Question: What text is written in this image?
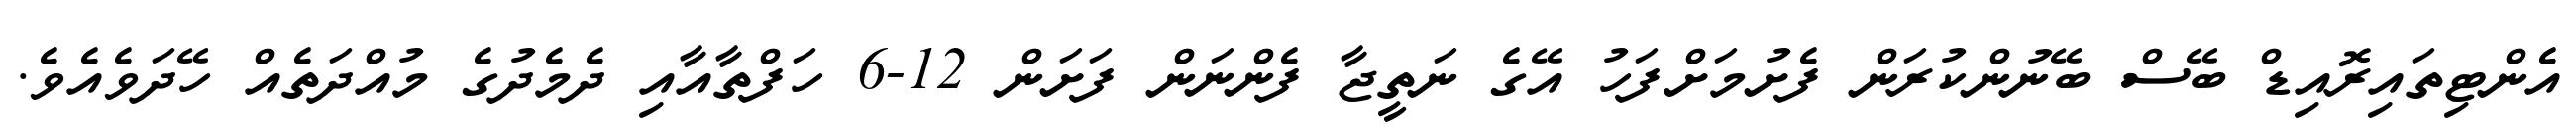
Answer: އެންޓިތައިރޮއިޑް ބޭސް ބޭނުންކުރަން ފެށުމަށްފަހު އޭގެ ނަތީޖާ ފެންނަން ފަށަން 12-6 ހަފްތާއާއި ދެމެދުގެ މުއްދަތެއް ހޭދަވެއެވެ.